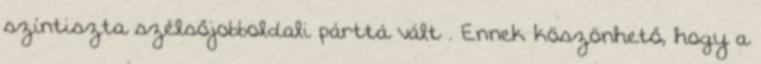
színtiszta szélsőjobboldali párttá vált . Ennek köszönhető, hogy a